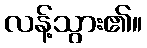
လန့်သွား၏။